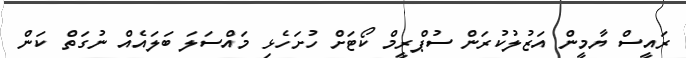
ރައީސް ޔާމީން އަޒުލުކުރަން ސުޕްރީމް ކޯޓަށް ހުށަހެޅި މައްސަލަ ބަލައެއް ނުގަތް ކަން